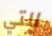
التي